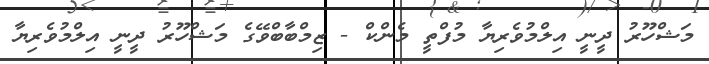
މަޝްހޫރު ދީނީ އިލްމުވެރިޔާ މުފްތީ މެންކް - ޒިމްބާބްވޭގެ މަޝްހޫރު ދީނީ އިލްމުވެރިޔާ